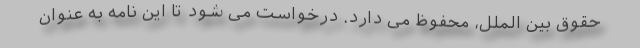
حقوق بین الملل، محفوظ می دارد. درخواست می شود تا این نامه به عنوان